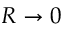
R \to 0